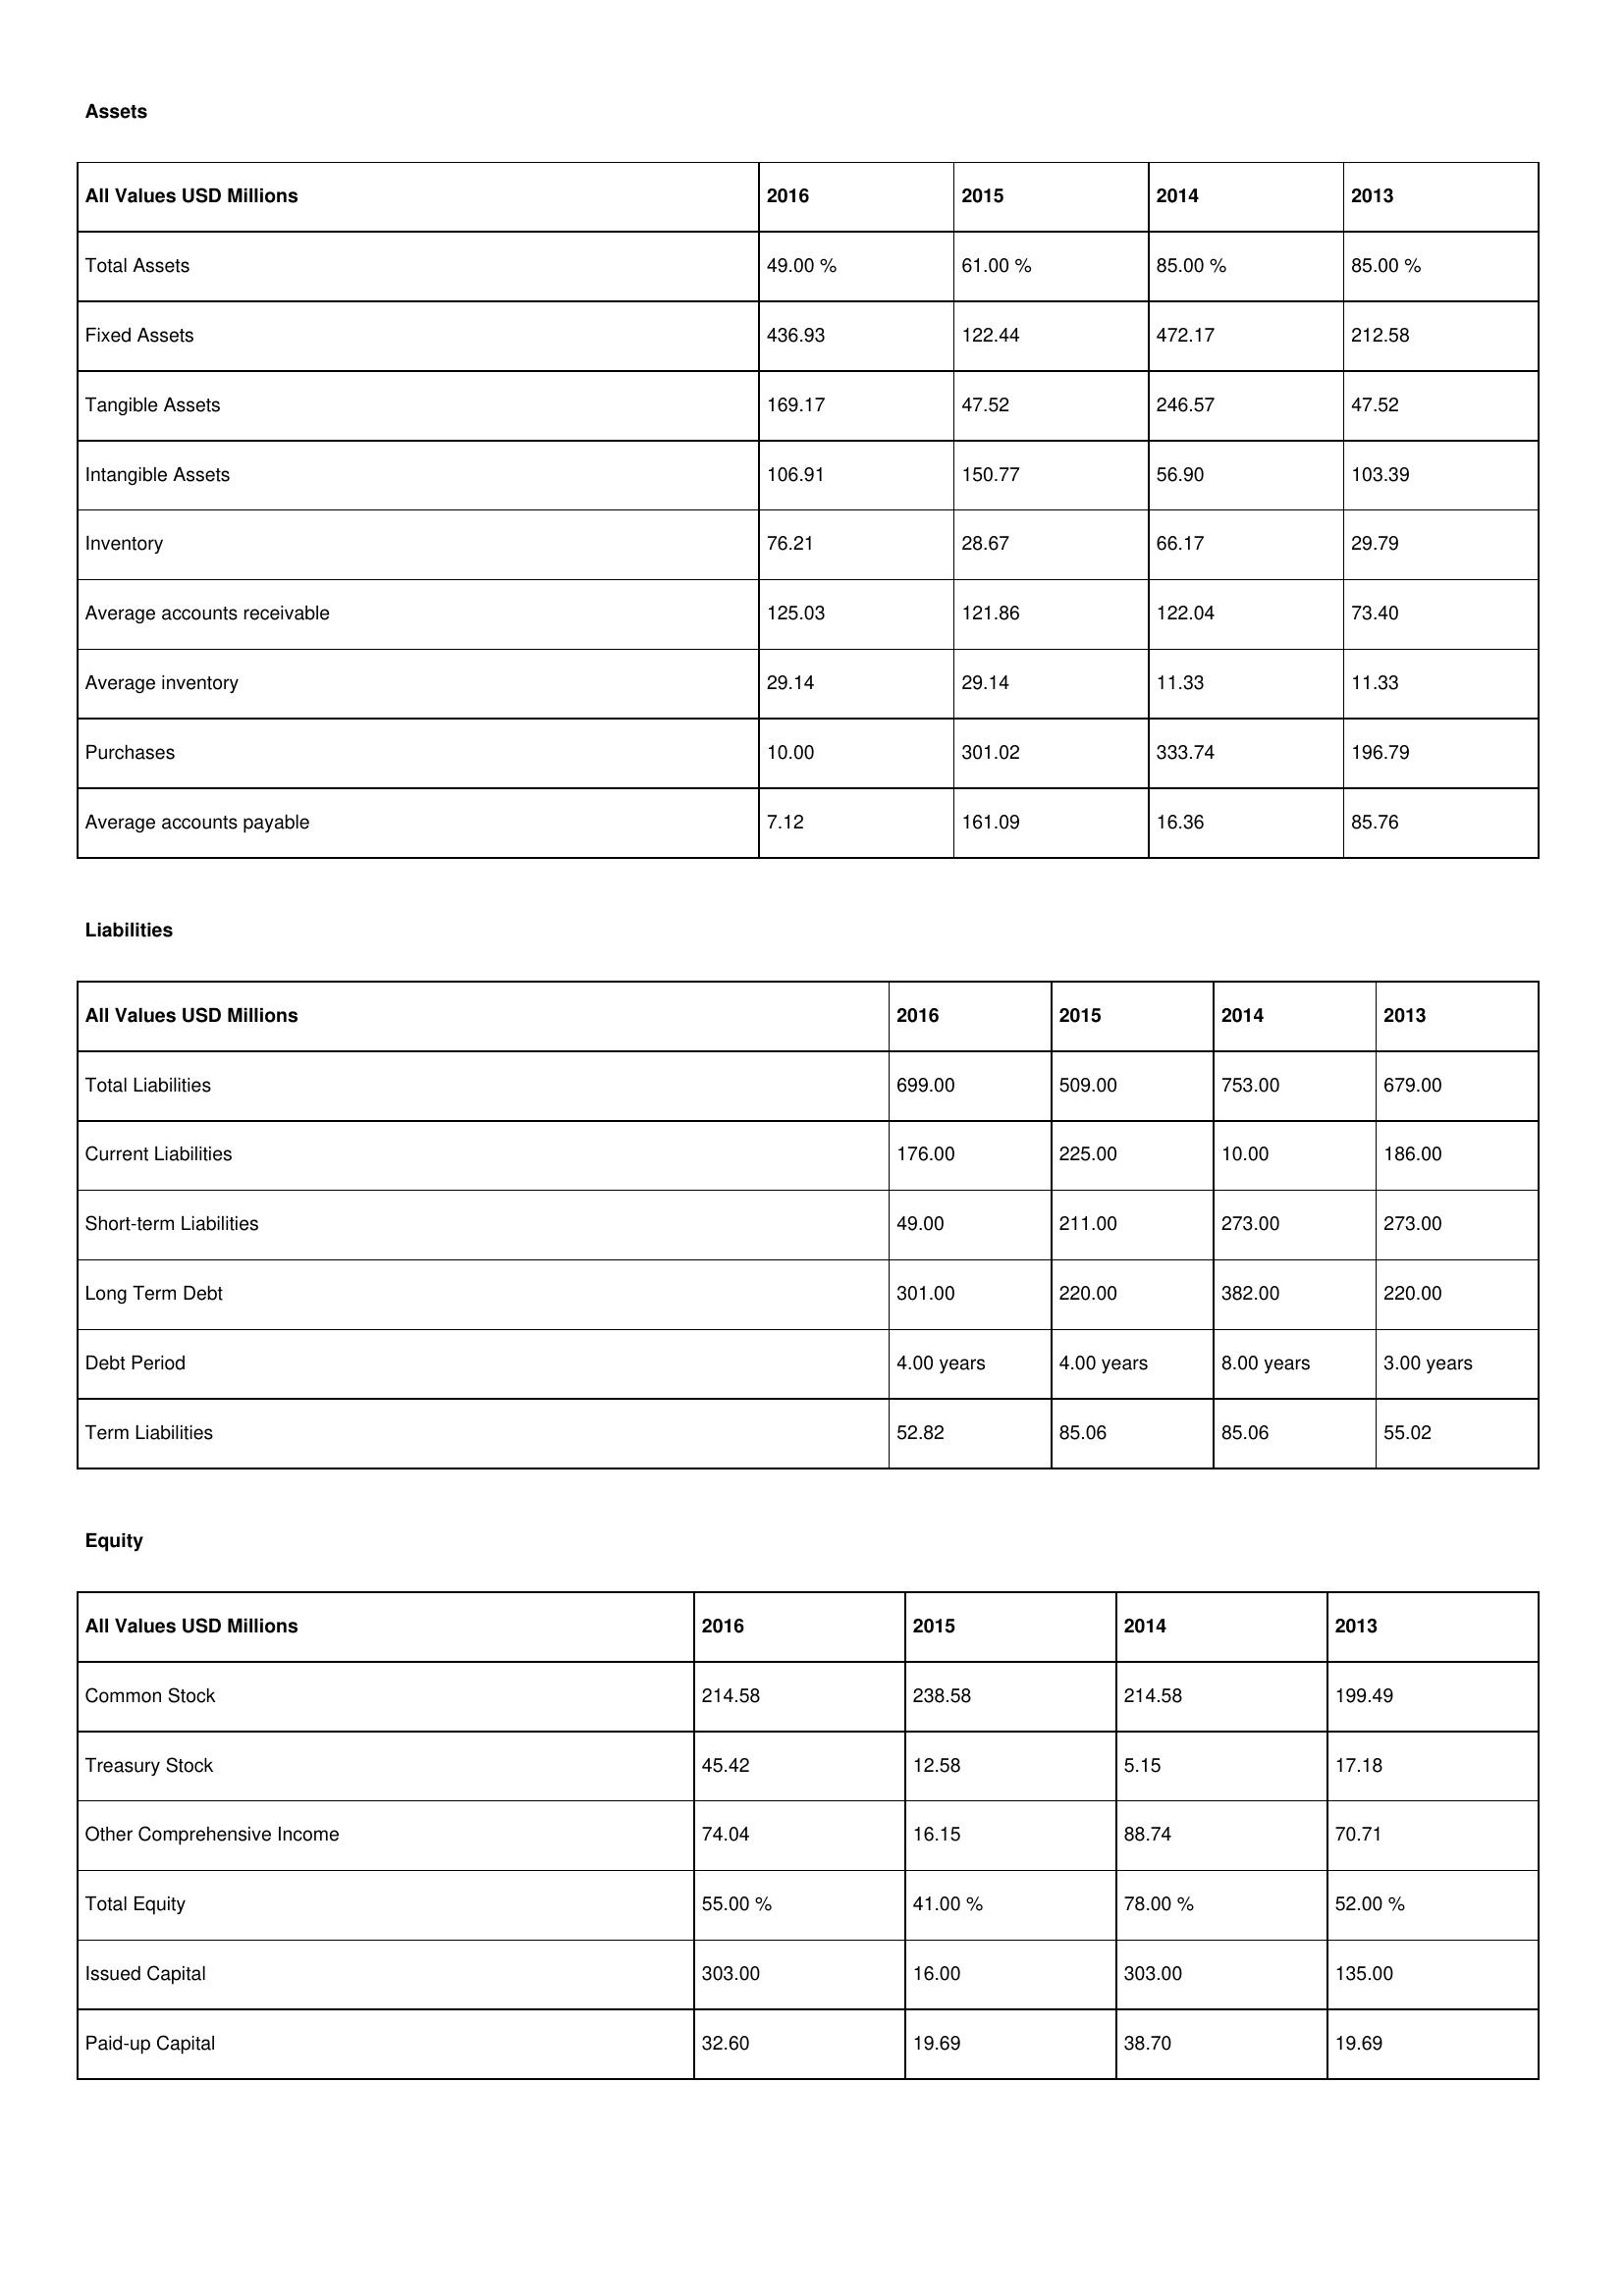
gt_parse: 2016: Assets: Total Assets: 49.00 %
Fixed Assets: 436.93
Tangible Assets: 169.17
Intangible Assets: 106.91
Inventory: 76.21
Average accounts receivable: 125.03
Average inventory: 29.14
Purchases: 10.00
Average accounts payable: 7.12
Liabilities: Total Liabilities: 699.00
Current Liabilities: 176.00
Short-term Liabilities: 49.00
Long Term Debt: 301.00
Debt Period: 4.00 years
Term Liabilities: 52.82
Equity: Common Stock: 214.58
Treasury Stock: 45.42
Other Comprehensive Income: 74.04
Total Equity: 55.00 %
Issued Capital: 303.00
Paid-up Capital: 32.60
2015: Assets: Total Assets: 61.00 %
Fixed Assets: 122.44
Tangible Assets: 47.52
Intangible Assets: 150.77
Inventory: 28.67
Average accounts receivable: 121.86
Average inventory: 29.14
Purchases: 301.02
Average accounts payable: 161.09
Liabilities: Total Liabilities: 509.00
Current Liabilities: 225.00
Short-term Liabilities: 211.00
Long Term Debt: 220.00
Debt Period: 4.00 years
Term Liabilities: 85.06
Equity: Common Stock: 238.58
Treasury Stock: 12.58
Other Comprehensive Income: 16.15
Total Equity: 41.00 %
Issued Capital: 16.00
Paid-up Capital: 19.69
2014: Assets: Total Assets: 85.00 %
Fixed Assets: 472.17
Tangible Assets: 246.57
Intangible Assets: 56.90
Inventory: 66.17
Average accounts receivable: 122.04
Average inventory: 11.33
Purchases: 333.74
Average accounts payable: 16.36
Liabilities: Total Liabilities: 753.00
Current Liabilities: 10.00
Short-term Liabilities: 273.00
Long Term Debt: 382.00
Debt Period: 8.00 years
Term Liabilities: 85.06
Equity: Common Stock: 214.58
Treasury Stock: 5.15
Other Comprehensive Income: 88.74
Total Equity: 78.00 %
Issued Capital: 303.00
Paid-up Capital: 38.70
2013: Assets: Total Assets: 85.00 %
Fixed Assets: 212.58
Tangible Assets: 47.52
Intangible Assets: 103.39
Inventory: 29.79
Average accounts receivable: 73.40
Average inventory: 11.33
Purchases: 196.79
Average accounts payable: 85.76
Liabilities: Total Liabilities: 679.00
Current Liabilities: 186.00
Short-term Liabilities: 273.00
Long Term Debt: 220.00
Debt Period: 3.00 years
Term Liabilities: 55.02
Equity: Common Stock: 199.49
Treasury Stock: 17.18
Other Comprehensive Income: 70.71
Total Equity: 52.00 %
Issued Capital: 135.00
Paid-up Capital: 19.69